Document type: Sale
Year: 1461
Scribe: [Unknown]
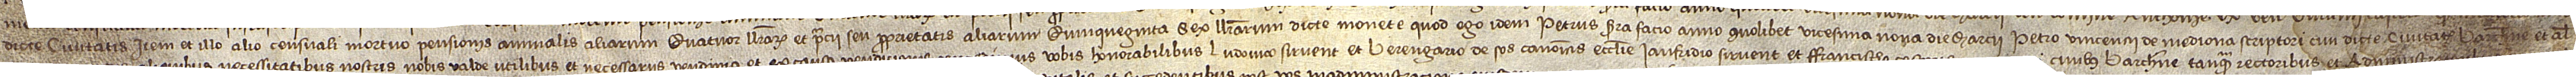
dicte civitatis; item, et illo alio censuali mortuo pensionis annualis aliarum quatuor llibrarum et precii seu proprietatis aliarum quinquaginta sex llibrarum dicte monete quod ego idem Petrus Serra facio anno quolibet vicesima nona die marcii Petro Vincencii de Mediona, scriptori, civi dicte civitatis Barchinone; et aliter